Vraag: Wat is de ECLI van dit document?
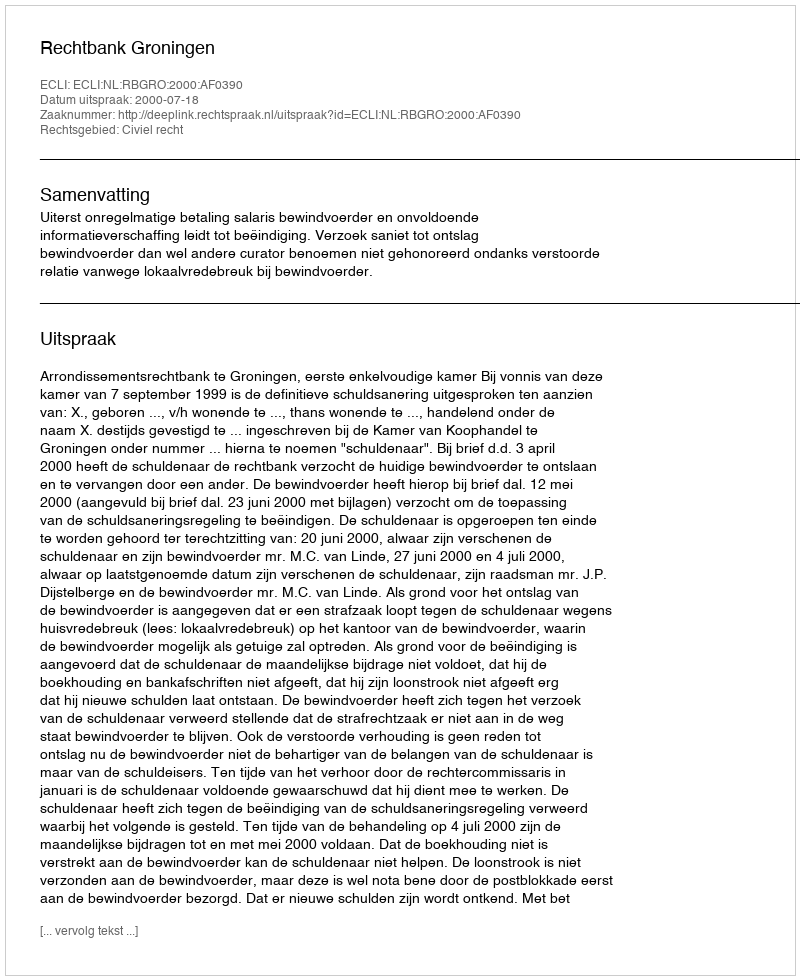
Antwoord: ECLI:NL:RBGRO:2000:AF0390